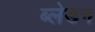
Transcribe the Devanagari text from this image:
ब्लेडन